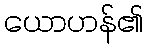
ယောဟန်၏